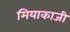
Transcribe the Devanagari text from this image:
मियाकाजी